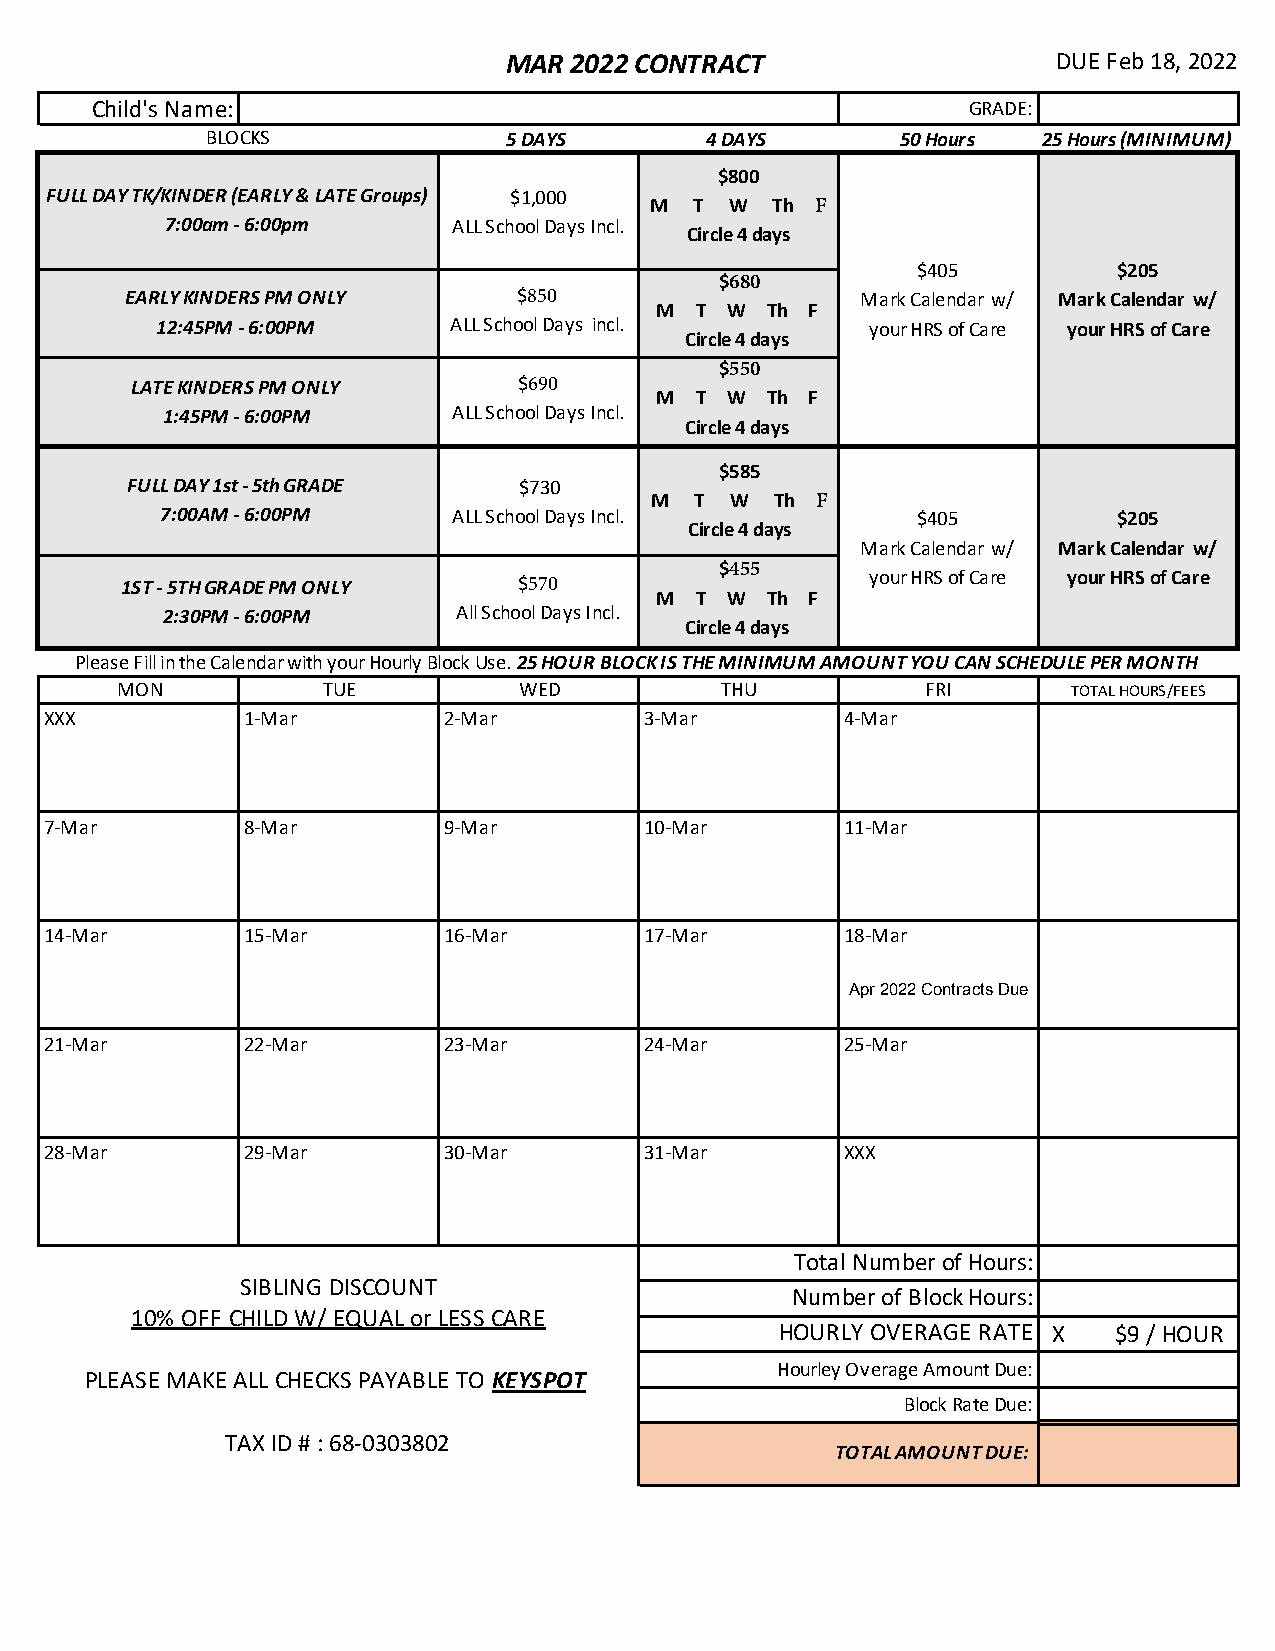
MAR 2022 CONTRACT                   DUE Feb 18, 2022
 Child's Name:                                             GRADE:
 BLOCKS              5 DAYS       4 DAYS       50 Hours 25 Hours (MINIMUM)
 $800
 FULL DAY TK/KINDER (EARLY & LATE Groups) $1,000
 M  T W  Th F
 7:00am - 6:00pm    ALL School Days Incl.
 Circle 4 days
 $405         $205
 $680
 EARLY KINDERS PM ONLY     $850                   Mark Calendar w/ Mark Calendar w/
 M  T W  Th F
 12:45PM - 6:00PM    ALL School Days incl.       your HRS of Care your HRS of Care
 Circle 4 days
 $550
 LATE KINDERS PM ONLY     $690
 M  T W  Th F
 1:45PM - 6:00PM    ALL School Days Incl.
 Circle 4 days
 $585
 FULL DAY 1st - 5th GRADE  $730
 M  T W  Th F
 7:00AM - 6:00PM    ALL School Days Incl.          $405         $205
 Circle 4 days
 Mark Calendar w/ Mark Calendar w/
 $455
 1ST - 5TH GRADE PM ONLY   $570                    your HRS of Care your HRS of Care
 M  T W  Th F
 2:30PM - 6:00PM    All School Days Incl.
 Circle 4 days
 Please Fill in the Calendar with your Hourly Block Use. 25 HOUR BLOCK IS THE MINIMUM AMOUNT YOU CAN SCHEDULE PER MONTH
 MON          TUE          WED           THU          FRI       TOTAL HOURS/FEES
 XXX          1-Mar        2-Mar         3-Mar        4-Mar
 7-Mar        8-Mar        9-Mar         10-Mar       11-Mar
 14-Mar       15-Mar       16-Mar        17-Mar       18-Mar
 Apr 2022 Contracts Due
 21-Mar       22-Mar       23-Mar        24-Mar       25-Mar
 28-Mar       29-Mar       30-Mar        31-Mar       XXX
 Total Number of Hours:
 SIBLING DISCOUNT
 Number of Block Hours:
 10% OFF CHILD W/ EQUAL or LESS CARE
 HOURLY OVERAGE RATE X $9 / HOUR
 Hourley Overage Amount Due:
 PLEASE MAKE ALL CHECKS PAYABLE TO KEYSPOT
 Block Rate Due:
 TAX ID # : 68-0303802
 TOTAL AMOUNT DUE: